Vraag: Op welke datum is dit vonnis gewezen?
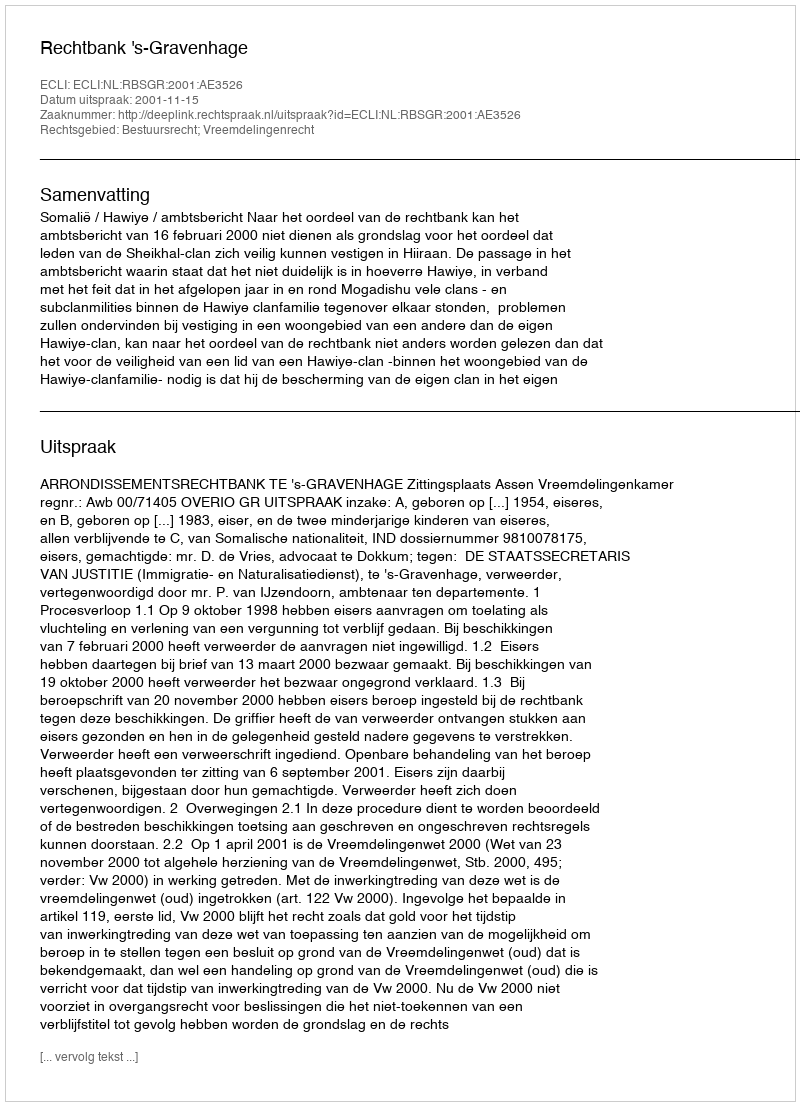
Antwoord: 2001-11-15